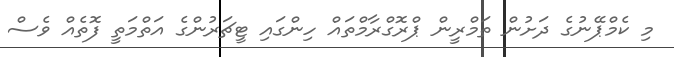
މި ކެމްޕޭނުގެ ދަށުން ތަމްރީން ޕްރޮގްރާމްތައް ހިންގައި ޓީޗަރުންގެ އަތްމަތީ ފޮތެއް ވެސް